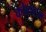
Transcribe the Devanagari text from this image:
कोलाटम